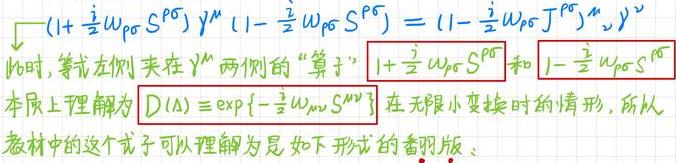
\[ \sqrt{( 1 + \frac{i}{2} \omega_{\rho \sigma} S^{\rho \sigma} ) \gamma^0 ( 1 - \frac{i}{2} \omega_{\rho \sigma} S^{\rho \sigma} ) } = ( 1 - \frac{i}{2} \omega_{\rho \sigma} J^{\rho \sigma} ) \gamma^0 \]
此时，等式左侧夹在\(\gamma^0\)两侧的“算子” \(1 + \frac{i}{2} \omega_{\rho \sigma} S^{\rho \sigma} \)和 \(1 - \frac{i}{2} \omega_{\rho \sigma} S^{\rho \sigma} \)本质上理解为 \(D(\Lambda) \equiv \exp \{ - \frac{i}{2} \omega_{\mu \nu} S^{\mu \nu} \} \)在无限小变换时的情形，所以教材中的这个式子可以理解为是如下形式的翻版：